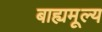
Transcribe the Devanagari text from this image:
बाह्यमूल्य